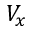
V _ { x }